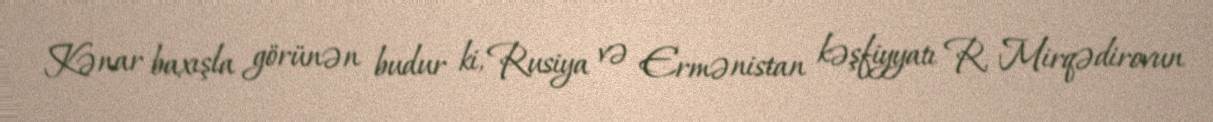
Kənar baxışla görünən budur ki, Rusiya və Ermənistan kəşfiyyatı R. Mirqədirovun